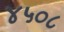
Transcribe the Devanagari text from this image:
४५०८